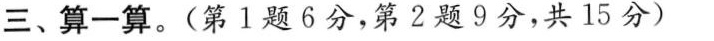
三、算一算。(第1题6分，第2题9分，共15分)